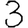
Digit: 3